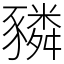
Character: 𧲂